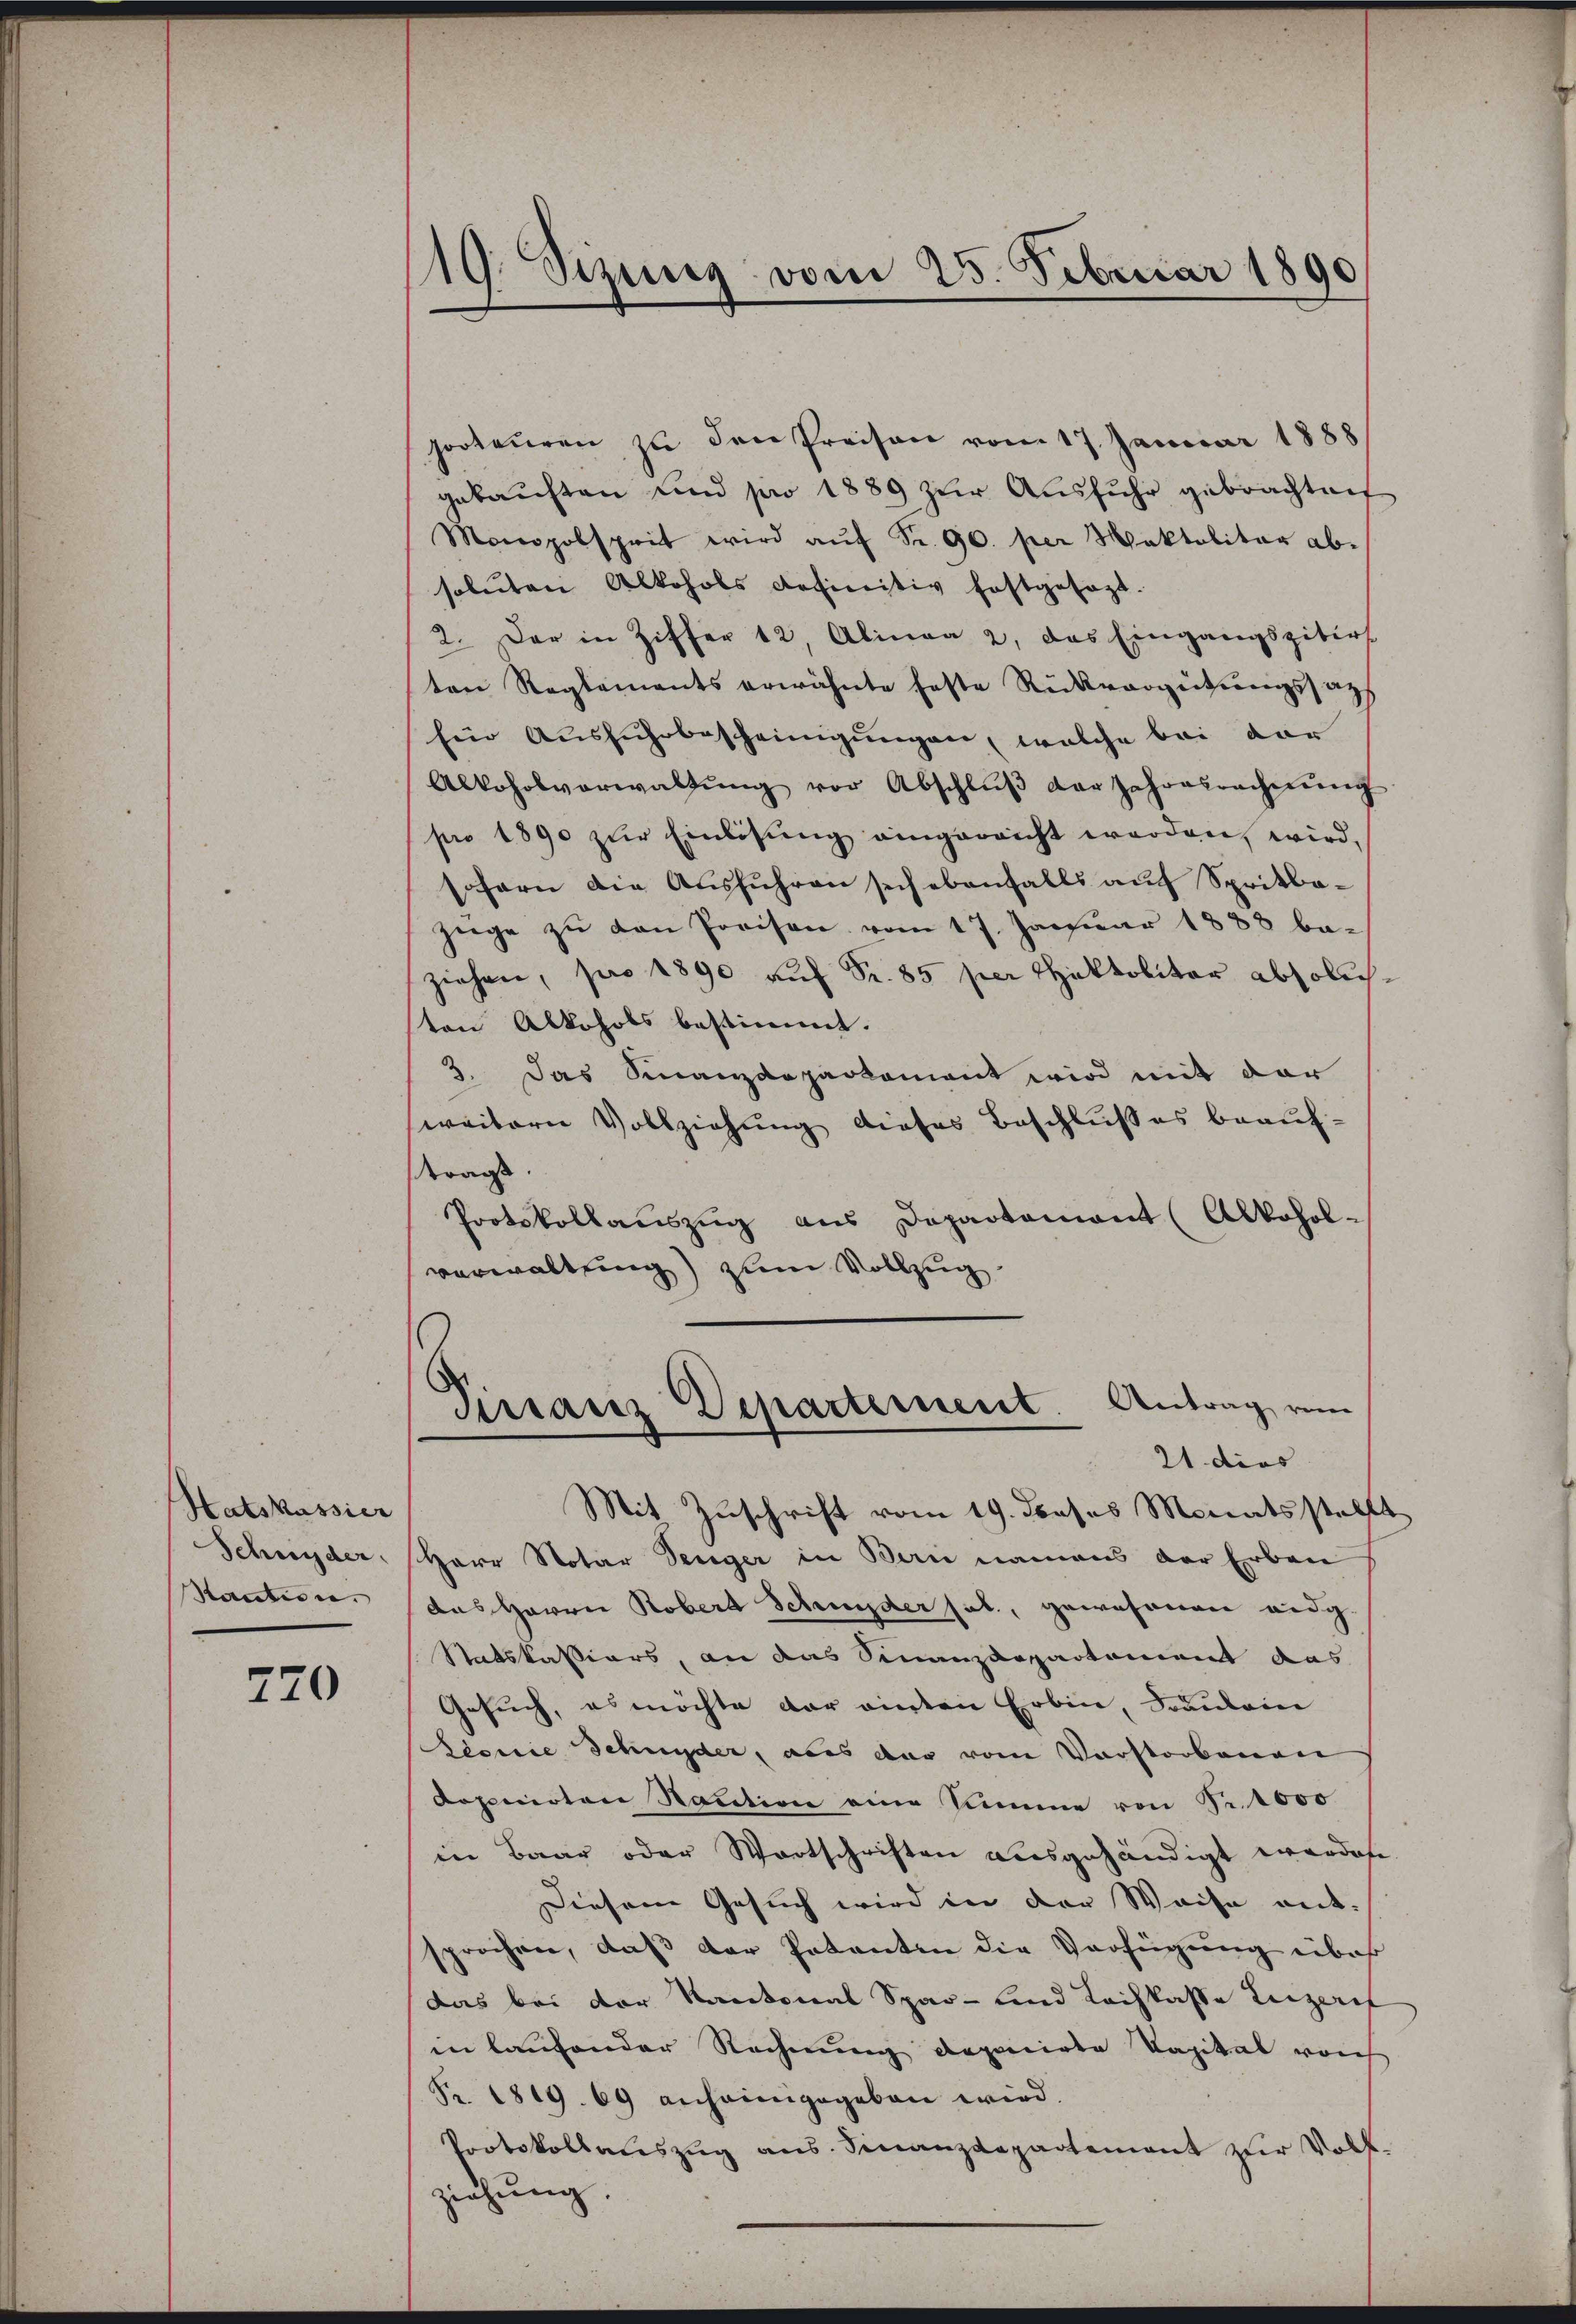
Hatskassier
Schnyder
Kaution

720

/19. Sizung vom 25. Februar 1890

porteuren zu den Preisen vom 17. Januar 1888
gekauften und pro 1889 zur Ausfuhr gebrachten
Monopobsprit wird aŭf Fr. 90. per Maktalitär ab-
soluten Alkohols definitiv festgesagt.
2. Der in Ziffer 12, Alinea 2. das Eingangspitirt
ton Reglements erwähnte feste Rückvergütungssach
für Aŭsführbescheinigŭngen, welche bei dar
Alkoholverwaltŭng vor Abschlŭβ der Jahresrechnŭng
pro 1890 zŭr Einlisŭng eingereicht werden, wird,
sofern die Ausführen sich ebenfalls auf Spritbazüge zŭ den Preisen vom 17. Januar 1888 be-
ziehen, pro 1890 auf Fr. 85 per Thatkolitar absoluch
ton Alkohobs bestimmt.
3. Das Finanzdepartement wird mit der
weitern Vollziehŭng dieses Beschlŭβ es beaŭf-
tragt.
Protokollaŭszŭg ans Departamant (Alkohol-
verwaltung) zum Vollzug
Antrag vom
Dirranz Departement
21 dies
Mit Zuschrift vom 19. dieses Monatsstellt
Herr Notar Tenger in Bern namens der Erben
das Herrn Robert Schnyder sel., gewesenen eidg.
Satskassiers, an das Finanzdepartement das
Gesuch, es möchte der einten Erbin, Fräulein
Pionie Schnyder, als dar vom Vorstorbenen
Ropemoten Natation eine Summe von Fr. 1000
in Baar oder Wortschriften ausgehändigt werdene
Diesem Gesuch wird in der Waise ant-
sprochen, daß der Patenten die Verfügung über
das bei der Kantonal Spar- und Lachkasse Luzeref
in laufender Rechnung deponirte Vapital von
Fr. 1819. 69 anheimgegeben wird.
Protokollauszug aus. Finanzdepartement zur Voll-
ziehŭng.